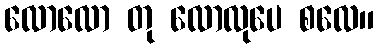
လောလော တု လောလုပေ စလေ။